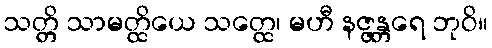
သတ္တိ သာမတ္ထိယေ သတ္ထေ၊ မဟီ နဇ္ဇန္တရေ ဘုဝိ။